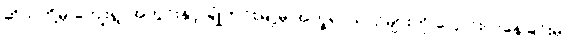
ဆိုသူတို့မှ ကျေးရွာအတွင်းနှင့် ချုံကင်းမြို့မှ အက္ခရာယာဉ်များကို ပြောင်းလဲနေခြင်းမှာ